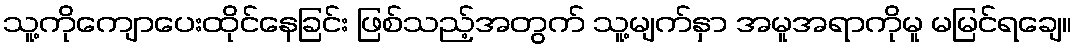
သူ့ကိုကျောပေးထိုင်နေခြင်း ဖြစ်သည့်အတွက် သူ့မျက်နှာ အမူအရာကိုမူ မမြင်ရချေ။